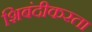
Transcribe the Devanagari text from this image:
शिबंदीकरता